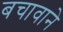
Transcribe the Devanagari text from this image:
बचावाने